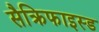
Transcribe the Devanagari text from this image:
सैक्रिफाइस्ड